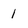
Character: 1